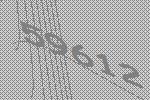
59612